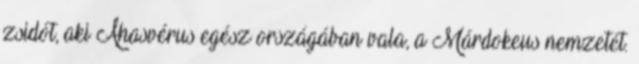
zsidót, aki Ahasvérus egész országában vala, a Márdokeus nemzetét.